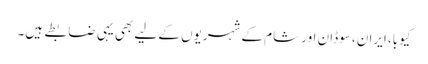
کیوبا، ایران، سوڈان اور شام کے شہریوں کے لیے بھی یہی ضابطے ہیں۔